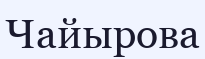
Чайырова